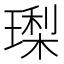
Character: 𭹳